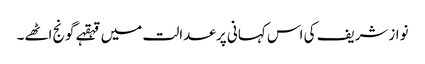
نوازشریف کی اس کہانی پر عدالت میں قہقہے گونج اٹھے۔